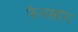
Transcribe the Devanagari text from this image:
फेनसांग